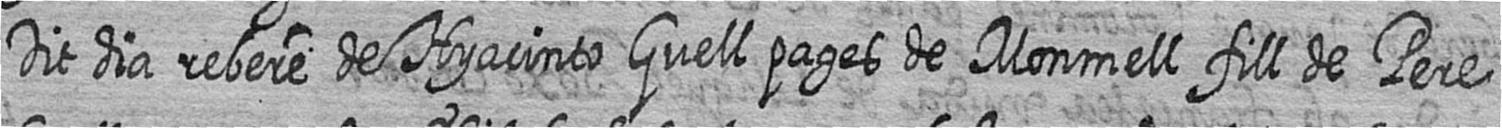
Dit dia rebere de Hyacinto Guell pages de Monmell fill de Pere